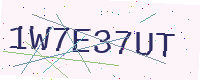
Text: 1W7E37UT